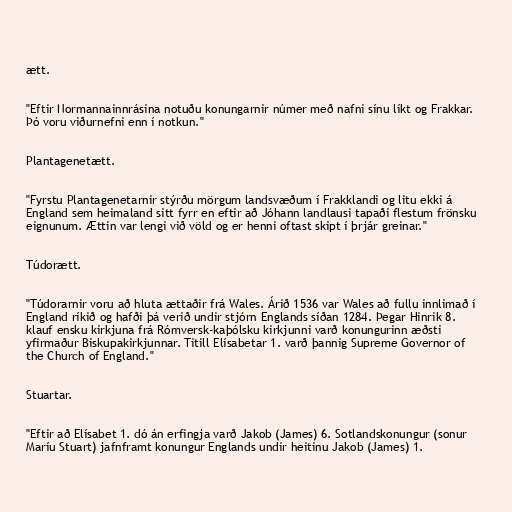
ætt.

"Eftir Normannainnrásina notuðu konungarnir númer með nafni sínu líkt og Frakkar.
Þó voru viðurnefni enn í notkun."

Plantagenetætt.

"Fyrstu Plantagenetarnir stýrðu mörgum landsvæðum í Frakklandi og litu ekki á
England sem heimaland sitt fyrr en eftir að Jóhann landlausi tapaði flestum frönsku
eignunum. Ættin var lengi við völd og er henni oftast skipt í þrjár greinar."

Túdorætt.

"Túdorarnir voru að hluta ættaðir frá Wales. Árið 1536 var Wales að fullu innlimað í
England ríkið og hafði þá verið undir stjórn Englands síðan 1284. Þegar Hinrik 8.
klauf ensku kirkjuna frá Rómversk-kaþólsku kirkjunni varð konungurinn æðsti
yfirmaður Biskupakirkjunnar. Titill Elísabetar 1. varð þannig Supreme Governor of
the Church of England."

Stuartar.

"Eftir að Elísabet 1. dó án erfingja varð Jakob (James) 6. Sotlandskonungur (sonur
Maríu Stuart) jafnframt konungur Englands undir heitinu Jakob (James) 1.